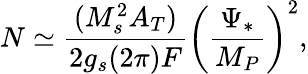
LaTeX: N\simeq\frac{(M_{s}^{2}A_{T})}{2g_{s}(2\pi)F}\left(\frac{\Psi_{*}}{M_{P}}\right)^{2},